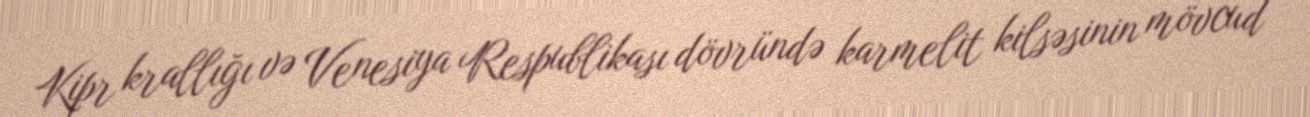
Kipr krallığı və Venesiya Respublikası dövründə karmelit kilsəsinin mövcud